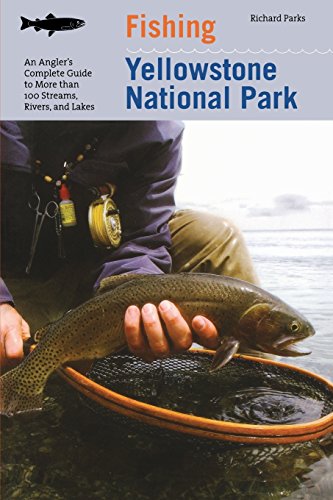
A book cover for Fishing Yellowstone National Park: An Angler's Complete Guide To More Than 100 Streams, Rivers, And Lakes (Regional Fishing Series); Richard Parks; Travel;